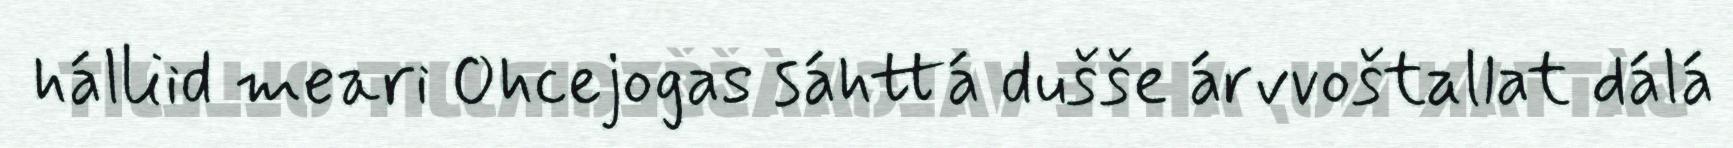
hálliid meari Ohcejogas sáhttá dušše árvvoštallat dálá